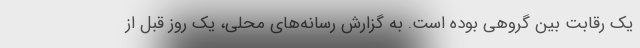
یک رقابت بین گروهی بوده است. به گزارش رسانه‌های محلی، یک روز قبل از